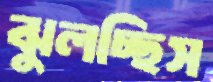
ঝুলচ্ছিস